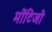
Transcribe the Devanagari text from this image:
मोंटिजो